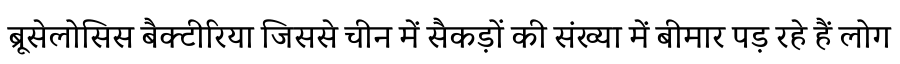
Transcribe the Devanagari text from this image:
ब्रूसेलोसिस बैक्टीरिया जिससे चीन में सैकड़ों की संख्या में बीमार पड़ रहे हैं लोग